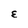
Character: E